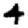
Digit: 4